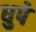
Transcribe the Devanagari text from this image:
धुपे